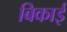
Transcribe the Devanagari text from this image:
बिकाई